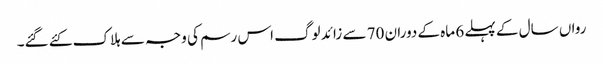
رواں سال کے پہلے 6 ماہ کے دوران 70 سے زائد لوگ اس رسم کی وجہ سے ہلاک کئے گئے۔